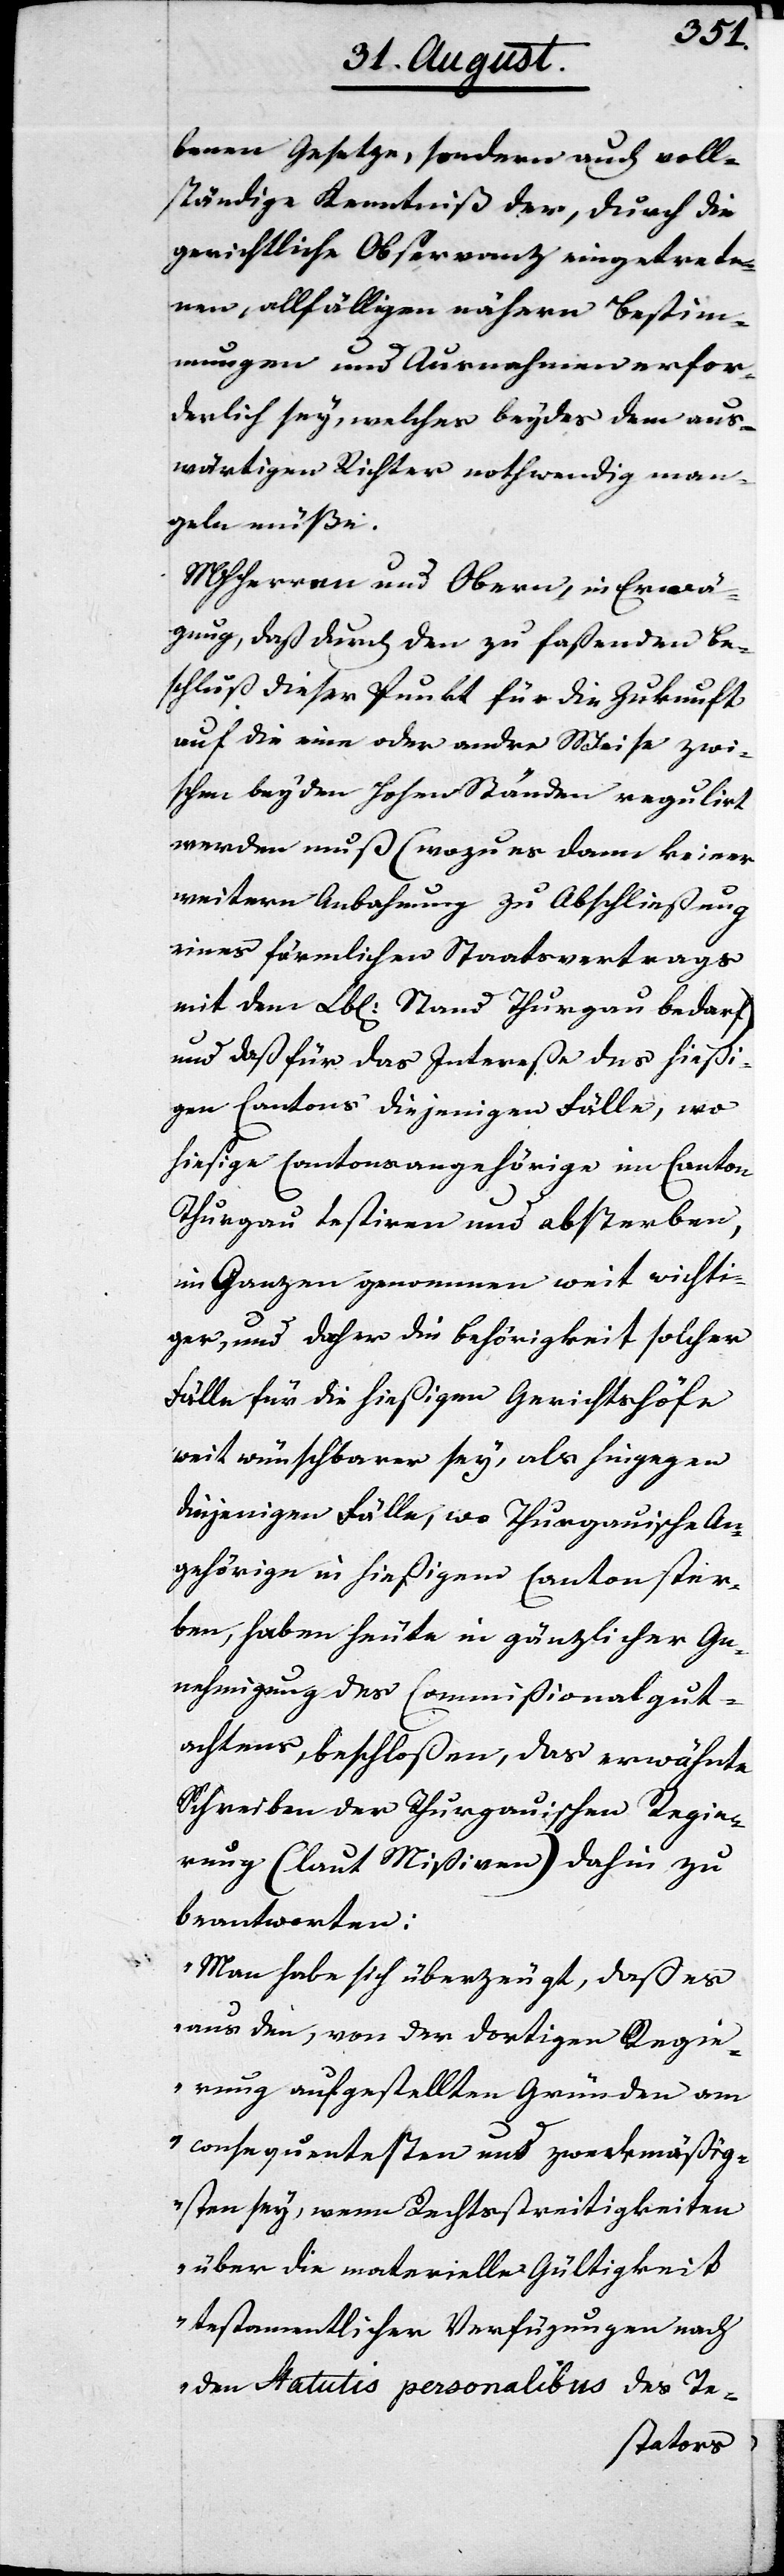
benen Gesetze, sondern auch voll¬
ständige Kenntniß der, durch die
gerichtliche Observanz eingetreten¬
en, allfälligen nähern Bestim¬
mungen und Ausnahmen erfor¬
derlich sey, welches beydes dem aus¬
wärtigen Richter nothwendig man¬
geln müße.
MHHerren und Obern, in Einwen¬
dung, daß durch den zu faßenden Be¬
schluß dieser Punkt für die Zukunft
auf die eine oder andre Weise zwi¬
schen beyden Hohen Ständen reguliert
werden muß (wozu es dann keiner
weiteren Anbahnung zu Abschließung
eines förmlichen Staatsvertrags
mit dem Lbl. Stand Thurgau bedarf)
und daß für das Intereße des hießi¬
gen Cantons diejenigen Fälle, wo
hiesige Cantonsangehörige im Canton
Thurgau testieren und absterben,
im Ganzen genommen weit wichti¬
ger, und daher die Behörigkeit solcher
Fälle für die hießigen Gerichtshöfe
weit wünschbarer sey, als hingegen
diejenigen Fälle, wo Thurgauische An¬
gehörige in hießigem Canton ster¬
ben, haben heute in gänzlicher Ge¬
nehmigung des Commißionalgut¬
achtens, beschloßen, das erwähnte
Schreiben der Thurgauischen Regie¬
rung (laut Mißiven) dahin zu
beantworten:
„Man habe sich überzeugt, daß es
aus den, von der dortigen Regie¬
rung aufgestellten Gründen am
consequentesten und zweckmäßig¬
sten sey, wenn Rechtsstreitigkeiten
über die materielle Gültigkeit
testamentlicher Verfügungen nach
den Statutis personalibus des Te-